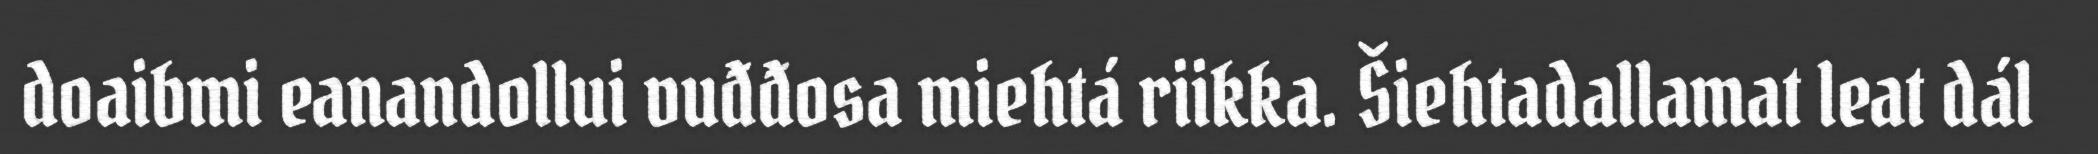
doaibmi eanandollui vuđđosa miehtá riikka. Šiehtadallamat leat dál